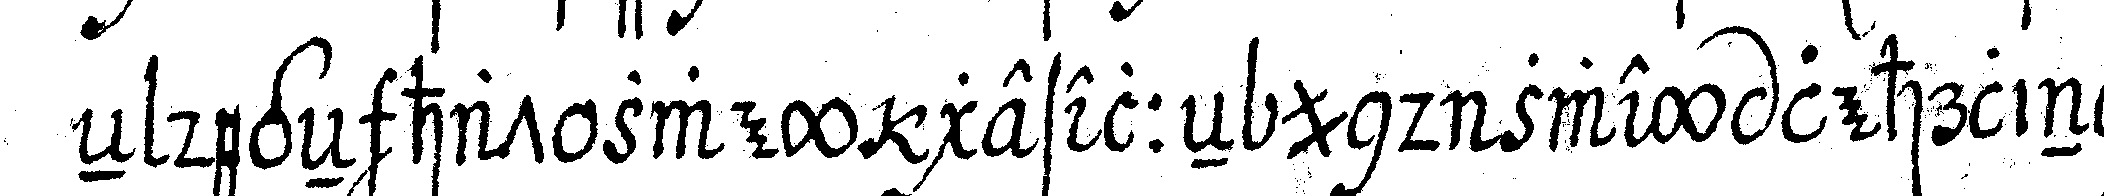
eN degeN hat zwey geselleN und zwey lehrlinge